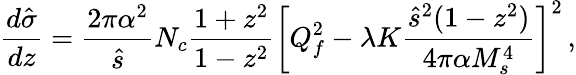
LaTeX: {\frac{d\hat{\sigma}}{dz}}={\frac{2\pi\alpha^{2}}{\hat{s}}}N_{c}{\frac{1+z^{2}}{1-z^{2}}}\biggl[Q_{f}^{2}-\lambda K{\frac{\hat{s}^{2}(1-z^{2})}{4\pi\alpha M_{s}^{4}}}\biggr]^{2}\, ,